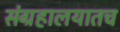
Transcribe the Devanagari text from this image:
संग्रहालयातच